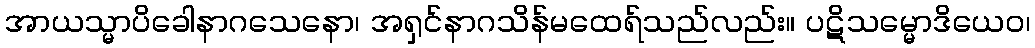
အာယသ္မာပိခေါနာဂသေနော၊ အရှင်နာဂသိန်မထေရ်သည်လည်း။ ပဋိသမ္မောဒိယေဝ၊